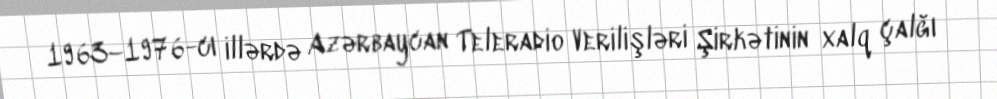
1963–1976-cı illərdə Azərbaycan Teleradio Verilişləri Şirkətinin xalq çalğı